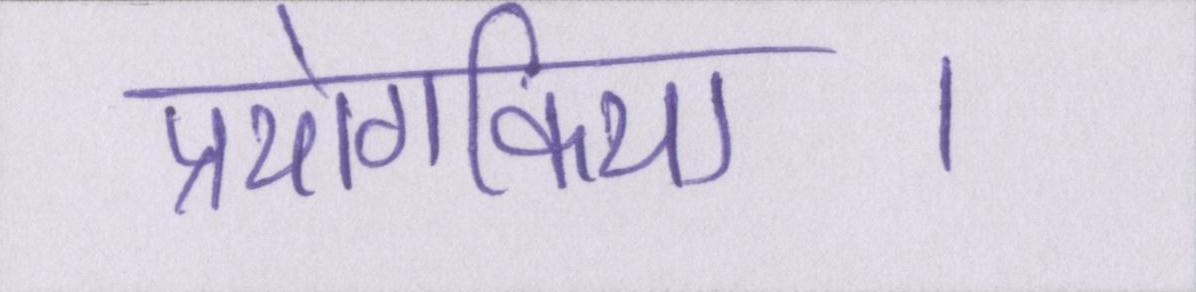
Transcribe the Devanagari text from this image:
प्रयोगकिया।